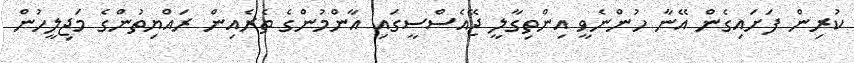
ކުރިން ފަށައިގެން އޭނާ ހުންނެވީ އިންތިގާލީ ޖޭއެސްސީގައި އާންމުންގެ ތެރެއިން ރައްޔިތުންގެ މަޖިލީހުން